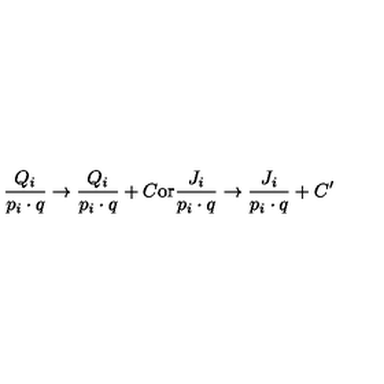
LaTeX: \frac { Q _ { i } } { p _ { i } \cdot q } \rightarrow \frac { Q _ { i } } { p _ { i } \cdot q } + C \mathrm { o r } \frac { J _ { i } } { p _ { i } \cdot q } \rightarrow \frac { J _ { i } } { p _ { i } \cdot q } + C ^ { \prime }